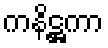
ကနိဋ္ဌကာ